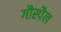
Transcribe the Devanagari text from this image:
गौस्पैल